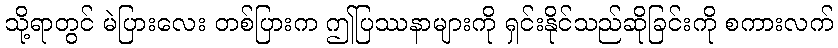
သို့ရာတွင် မဲပြားလေး တစ်ပြားက ဤပြဿနာများကို ရှင်းနိုင်သည်ဆိုခြင်းကို စကားလက်